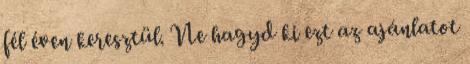
fél éven keresztül. Ne hagyd ki ezt az ajánlatot